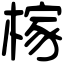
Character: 榢